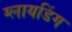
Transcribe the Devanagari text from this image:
ग्लायडिंग